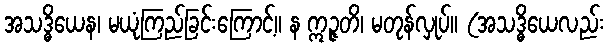
အသဒ္ဓိယေန၊ မယုံကြည်ခြင်းကြောင့်။ န ဣဉ္ဇတိ၊ မတုန်လှုပ်။ (အသဒ္ဓိယေလည်း